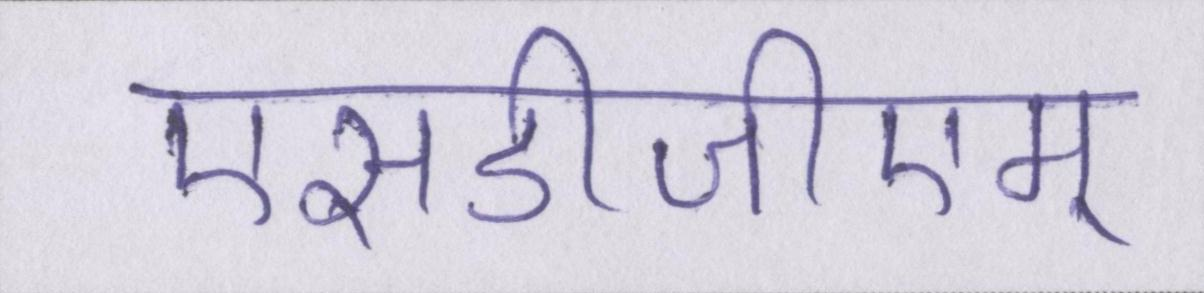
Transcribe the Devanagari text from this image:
एसडीजीएम्